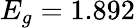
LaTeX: E_{g}=1.892